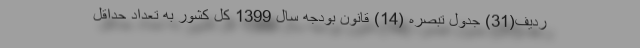
ردیف(31) جدول تبصره (14) قانون بودجه سال 1399 کل کشور به تعداد حداقل